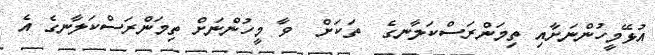
އުޅޭމީހުންނަށާއި ތިމަންރަސްކަލާނގެ  ތަކަށް  ވާ މީހުންނަށް ތިމަންރަސްކަލާނގެ އެ